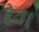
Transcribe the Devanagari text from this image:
हेय।